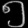
Digit: ၅